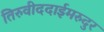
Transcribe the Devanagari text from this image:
तिरुवीददाईमरुदुर